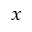
_ x